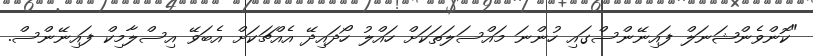
"ކޮންވެންޝަނަލް ފައިނޭންސްގައި ހުންނަ މައްސަލަތަކަށް ހައްލު ހޯދައިދޭ އެއްޗަކަށް އެބަވޭ އިސްލާމިކް ފައިނޭންސް.